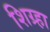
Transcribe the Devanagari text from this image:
शिग्र्हा